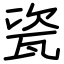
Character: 瓷